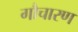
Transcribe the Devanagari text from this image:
गौचारण